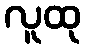
လူထု